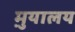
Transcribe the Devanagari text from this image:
मु़यालय